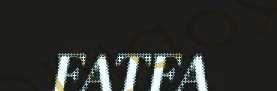
FATFA